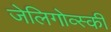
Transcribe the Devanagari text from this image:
जेलिगोव्स्की